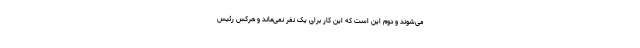
می‌شوند و دوم این است که این کار برای یک نفر نمی‌ماند و هرکس رئیس